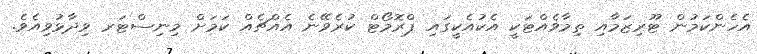
އެހެންކަމުން ޓޫރިޒަމާއި ތިމާވެއްޓަކީ އެކުއެކީގައި ޕްރޮމޯޓް ކުރެވޭނެ އެއްޗެއް ކަމަށް މިނިސްޓަރ ވިދާޅުވިއެވެ.